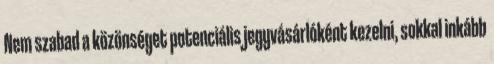
Nem szabad a közönséget potenciális jegyvásárlóként kezelni, sokkal inkább